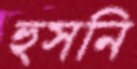
হুসনি